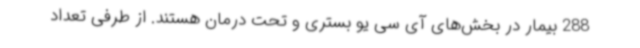
288 بیمار در بخش‌های آی سی یو بستری و تحت درمان هستند. از طرفی تعداد